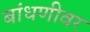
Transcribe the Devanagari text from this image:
बांधणीवर